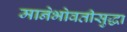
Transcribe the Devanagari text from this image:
मानेभोवतीसुद्धा